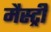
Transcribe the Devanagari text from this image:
मैस्ट्री